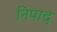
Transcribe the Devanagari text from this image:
निपाद